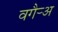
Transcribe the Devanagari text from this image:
वगैर्‍अ